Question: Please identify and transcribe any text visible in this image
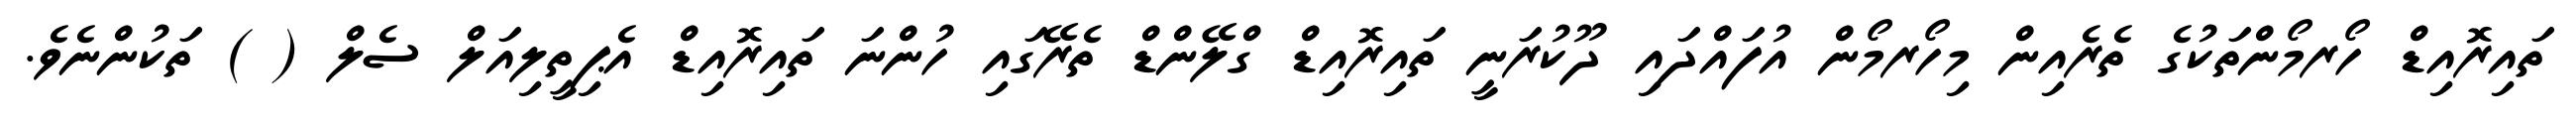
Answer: ތައިރޮއިޑް ހޯރމޯންތަކުގެ ތެރެއިން މިހޯރމޯން އުފައްދައި ދޫކުރަނީ ތައިރޮއިޑް ގްލޭންޑް ތެރޭގައި ހުންނަ ތައިރޮއިޑް އެޕިތީލިއަލް ސެލް ( ) ތަކުންނެވެ.